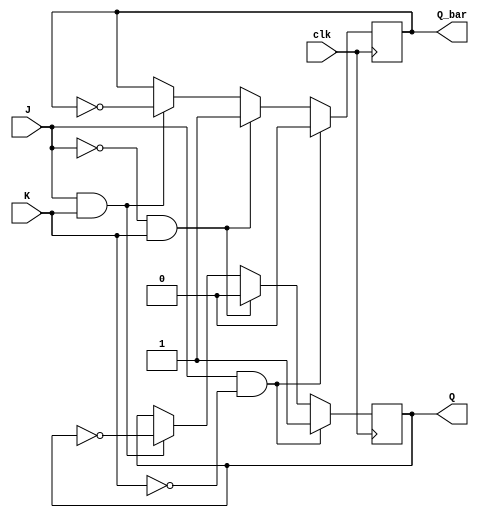
module jk_latch (
    input J, // J input
    input K, // K input
    input clk, // clock input
    output reg Q, // Q output
    output reg Q_bar // Q_bar output
);

always @(posedge clk) begin
    if (J & !K) begin
        Q <= 1;
        Q_bar <= 0;
    end else if (!J & K) begin
        Q <= 0;
        Q_bar <= 1;
    end else if (J & K) begin
        Q <= ~Q;
        Q_bar <= ~Q_bar;
    end
end

endmodule